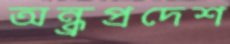
অন্ধ্রপ্রদেশ